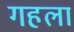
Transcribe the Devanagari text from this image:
गहला